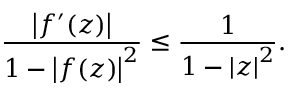
{ \frac { \left| f ^ { \prime } ( z ) \right| } { 1 - \left| f ( z ) \right| ^ { 2 } } } \leq { \frac { 1 } { 1 - \left| z \right| ^ { 2 } } } .